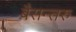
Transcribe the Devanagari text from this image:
बैसन्तरु